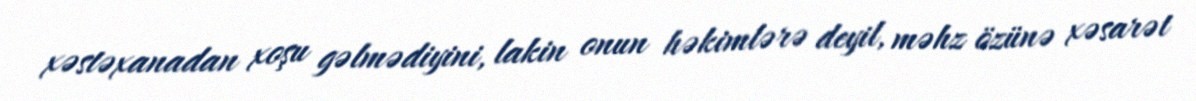
xəstəxanadan xoşu gəlmədiyini, lakin onun həkimlərə deyil, məhz özünə xəsarət